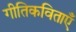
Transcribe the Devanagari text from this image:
गीतिकविताएँ